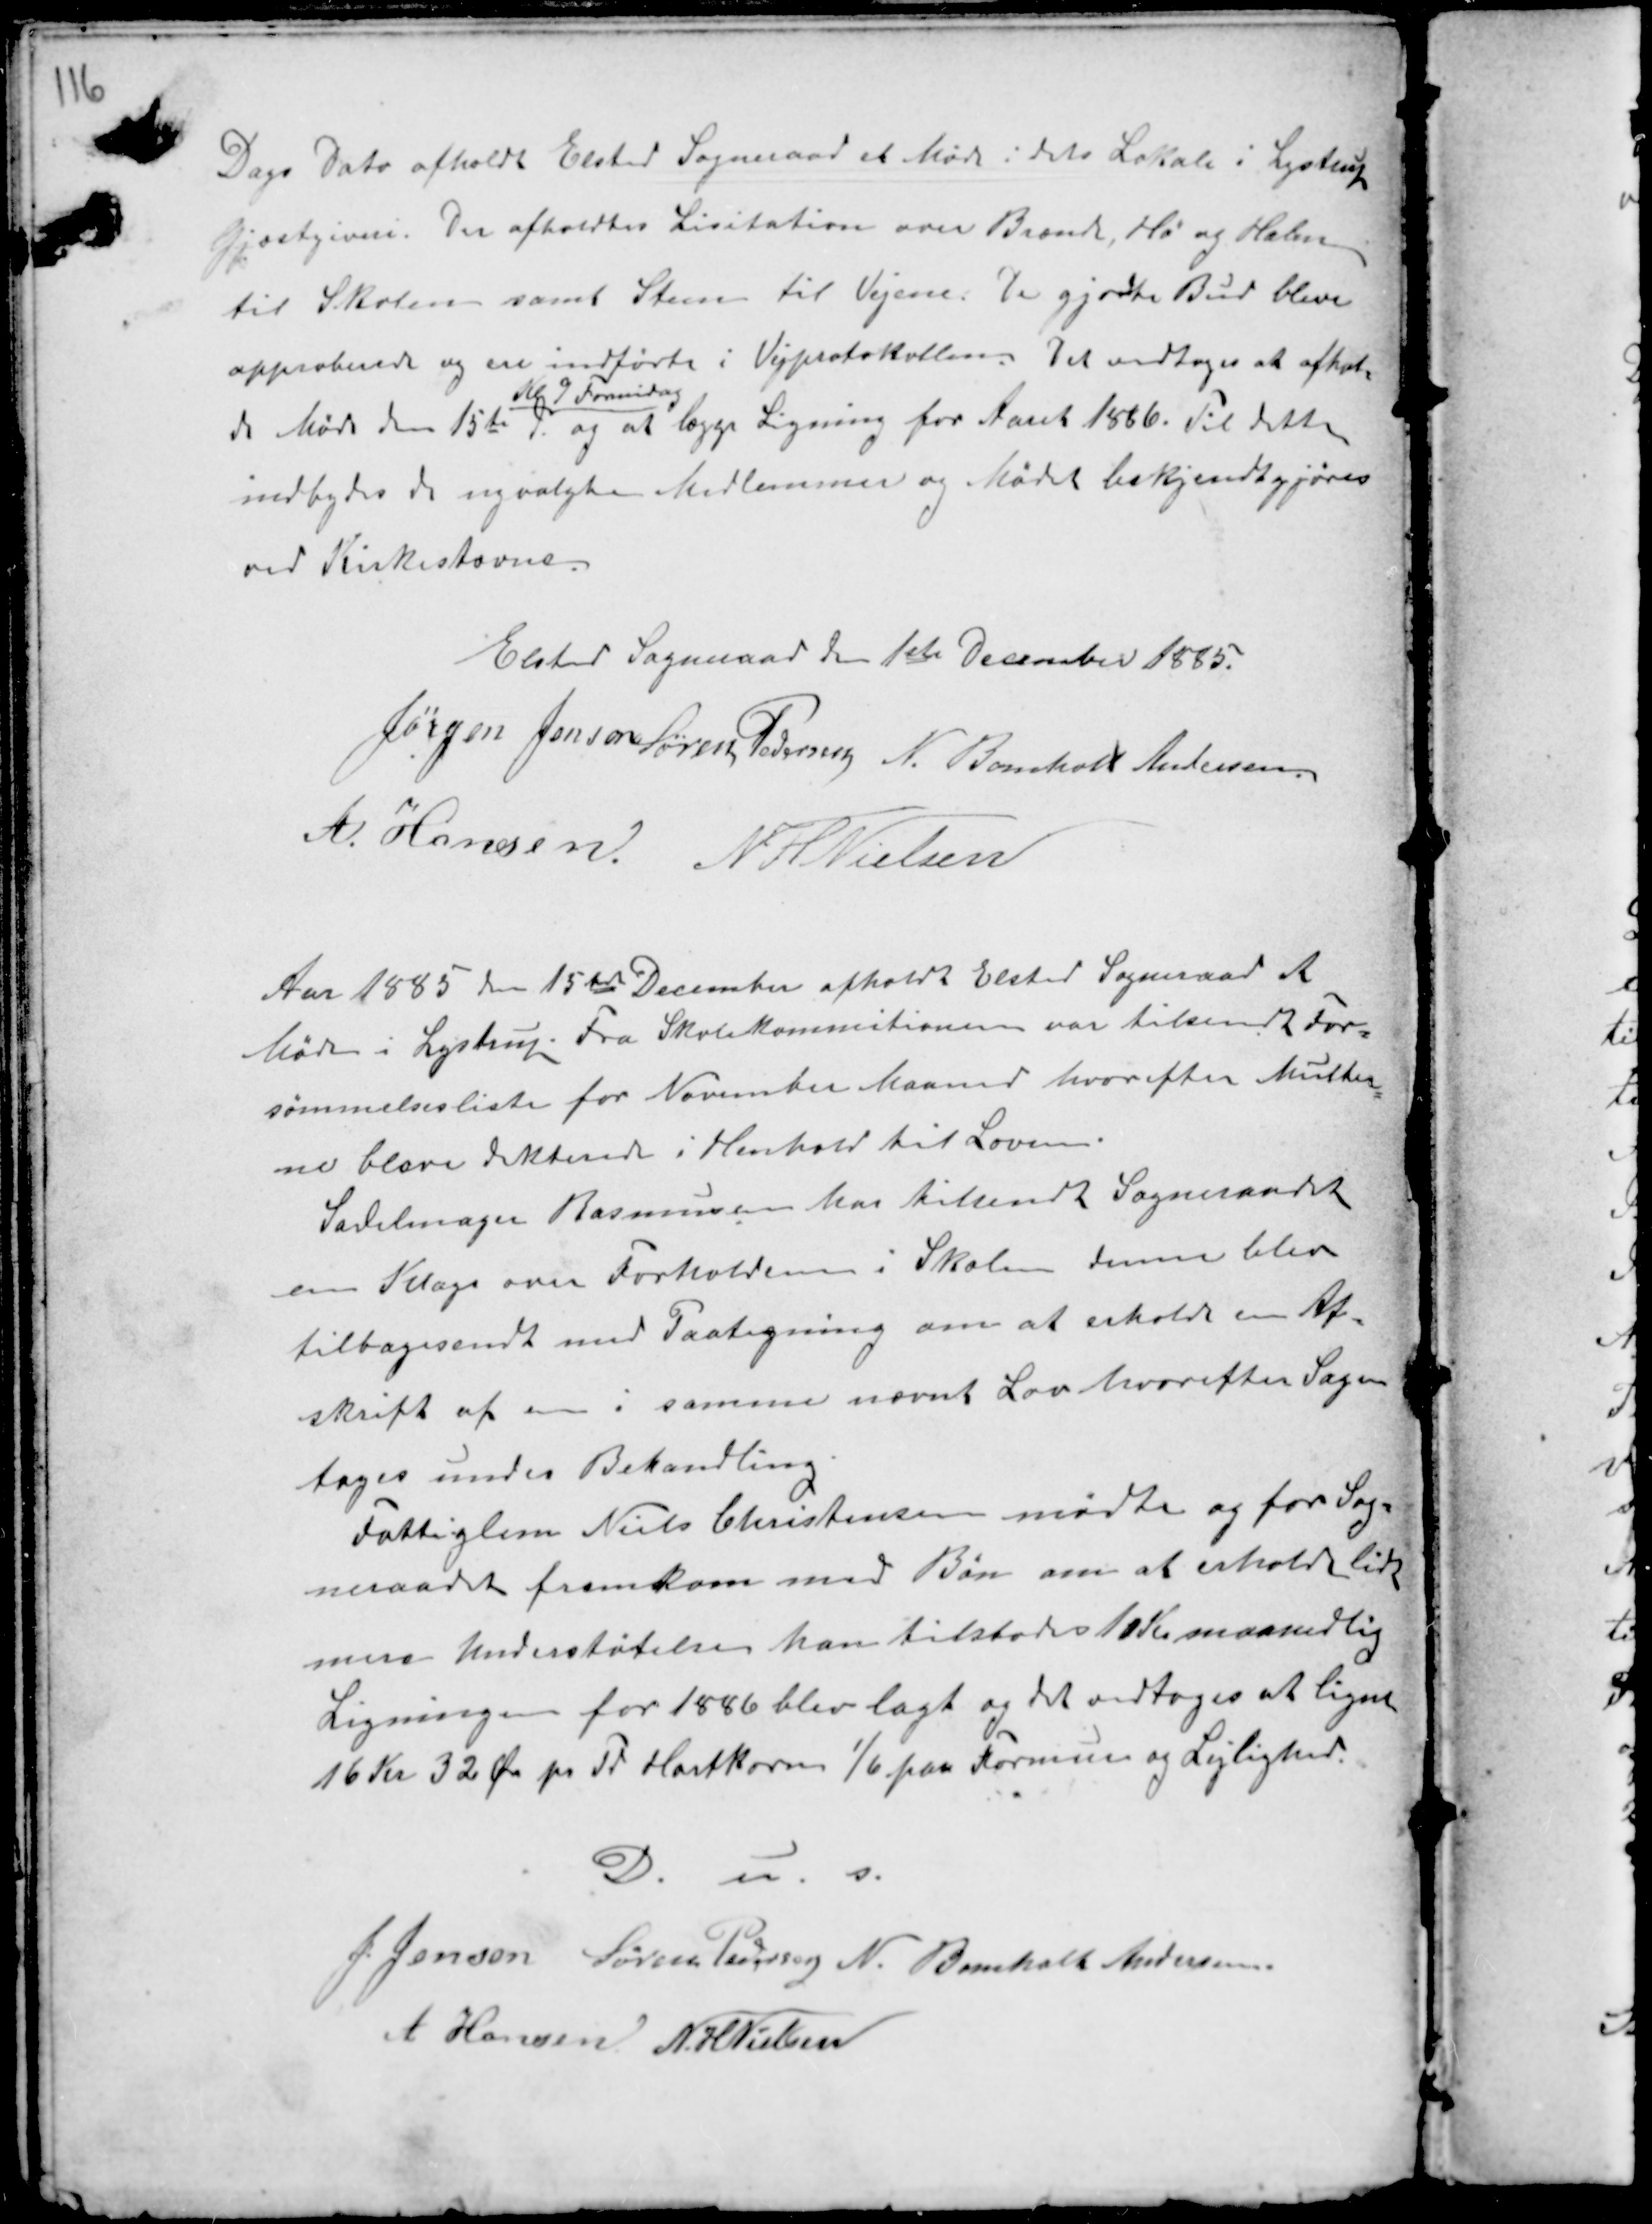
Transskription:
Dags Dato afholdt Sogneraadet Møde i dets Lokale i Lystrup
Gjæstgiveri. Der afholdtes Licitation over Brænde, Hø og Halm
til Skolen samt Steen til Vejene. De gjordte Bud bleve
approberede og indførte i Vejprotokollen. Det vedtoges at afhol-
de Møde den 15te 9
Kl 9 Formidag
og at lægge Ligning for Aaret 1886. Til dette
indbydes de nyvalgte Medlemmer og Mødet bekjendtgjøres
ved Kirkestævne.

Elsted Sogneraad den 1ste December 1885.
Jørgen Jensen Søren Pedersen N. Bomholt Andersen
A Hansen. N H Nielsen

Aar 1885 15den December afholdt Elsted Sogneraad et
Møde i Lystrup. Fra Skolekommitionen var tilsendt For-
sømmelsesliste for November Maaned hvorefter Multer-
ne bleve dikterede i Henhold til Loven.
Sadelmager Rasmussen har tilsendt Sogneraadet
en Klage over Forholdene i Skolen denne blev
tilbagesendt med Paategning om at erholde en Af-
skrift af en i samme nævnt Lov hvorefter Sagen
tages under Behandling.
Fattiglem Niels Christensen mødte og for Sog-
neraadet fremkom med Bøn om at erholde Lids
mers Understøtelse han tilstodes 10 Kr maanedlig
Ligning for 1886 blev lagt og det vedtoges at ligne
16 Kr 32 Ør pr Td Hartkorn 1/6 paa Formue og Lejlighed.

D. u. s.
J Jensen Søren Pedersen N. Bomholt Andersen
A Hansen N H Nielsen